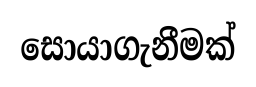
සොයාගැනීමක්